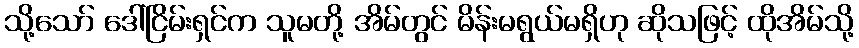
သို့သော် ဒေါ်ငြိမ်းရှင်က သူမတို့ အိမ်တွင် မိန်းမရွယ်မရှိဟု ဆိုသဖြင့် ထိုအိမ်သို့